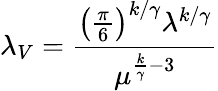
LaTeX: \lambda_{V}=\frac{\left(\frac{\pi}{6}\right)^{k/\gamma}\lambda^{k/\gamma}}{\mu^{\frac{k}{\gamma}-3}}